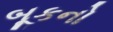
બૂકનો